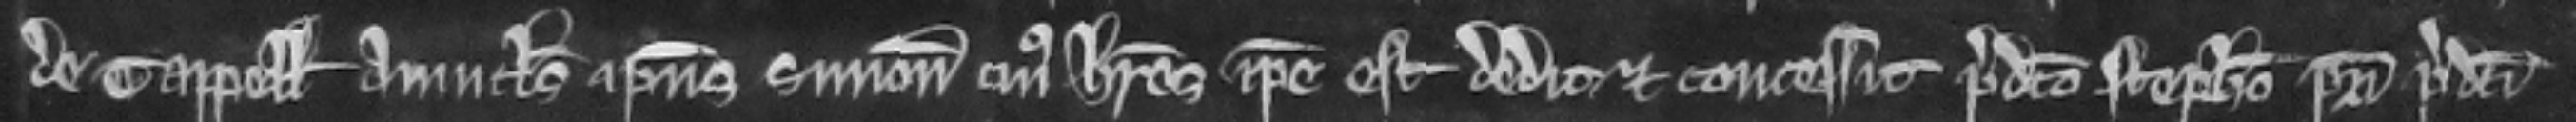
de Tappell avunculus ipsius Simonis cujus heres ipse est dedit et concessit predicto Stephano patri predicti